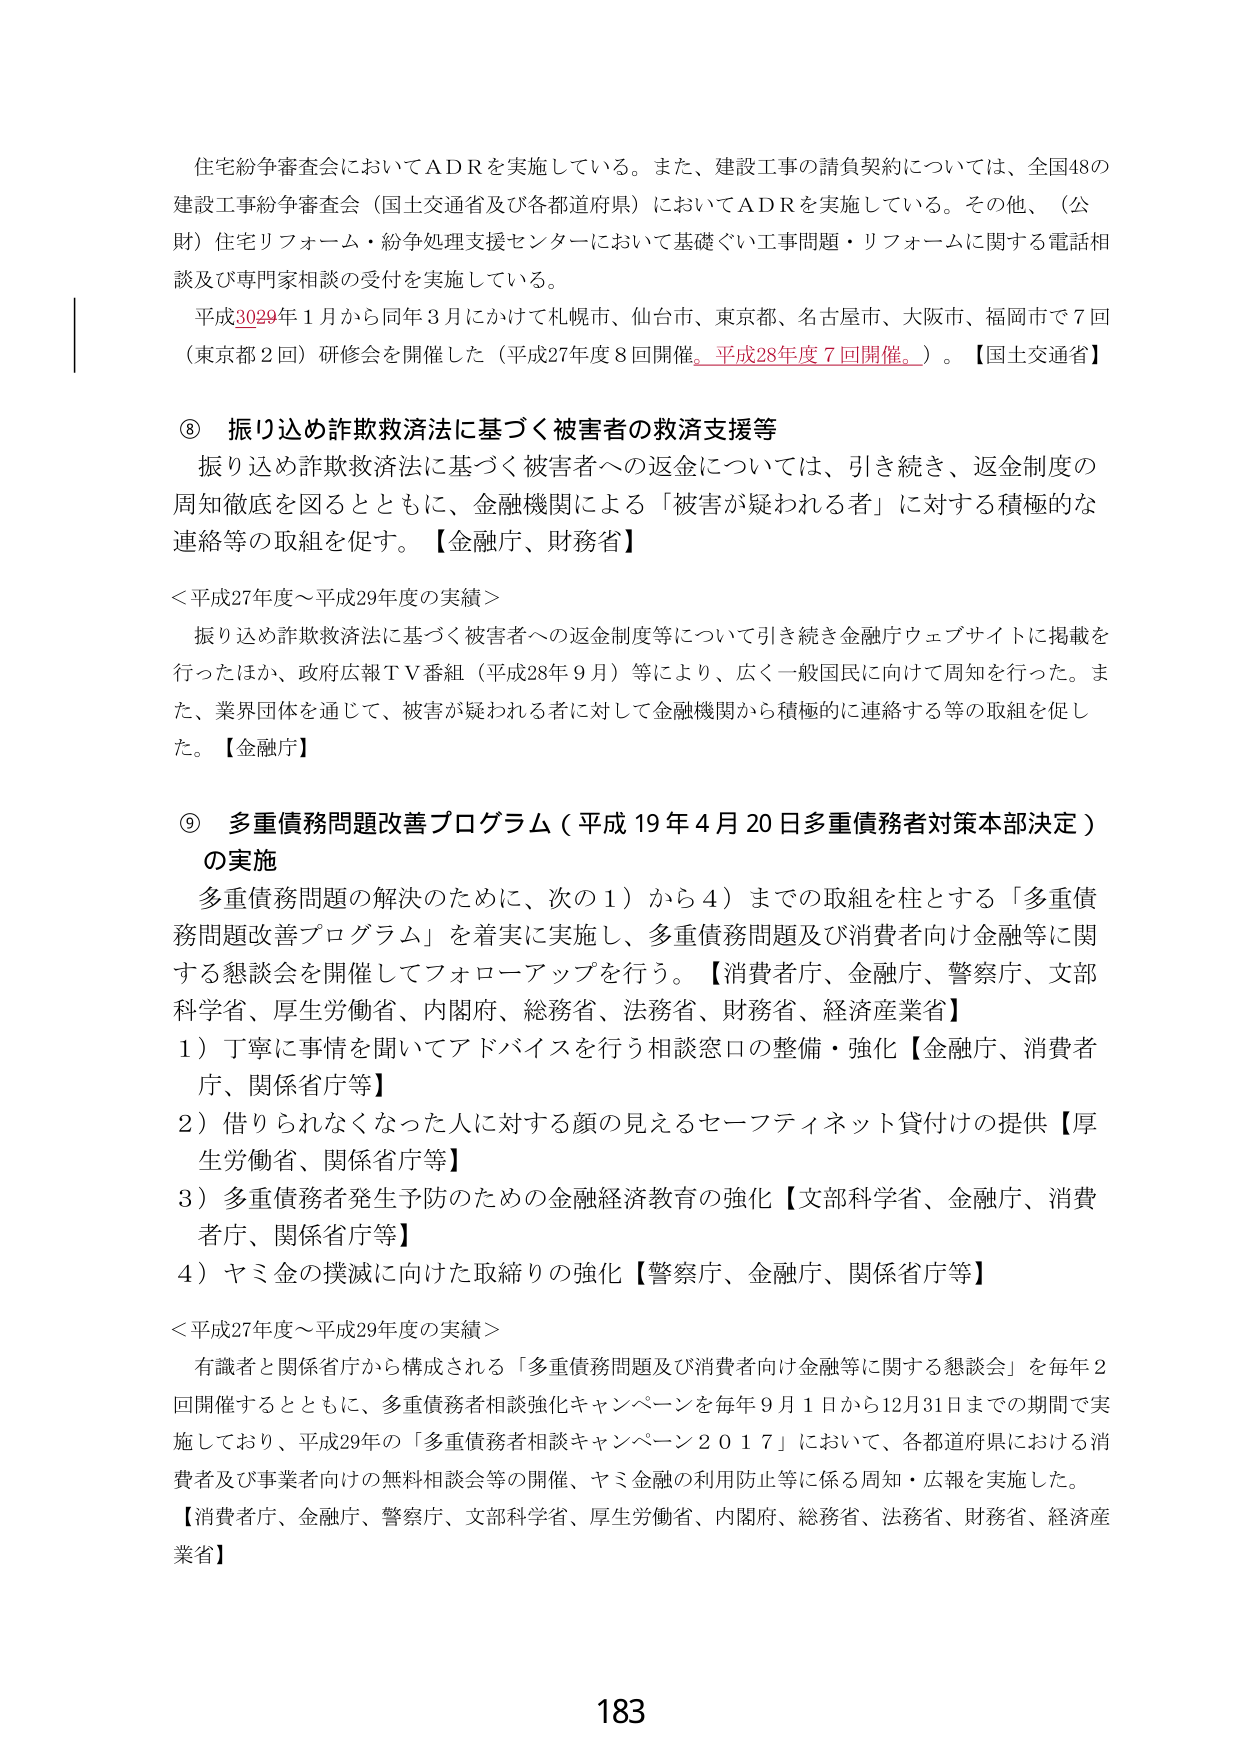
住宅紛争審査会においてＡＤＲを実施している。また、建設工事の請負契約については、全国48の建設工事紛争審査会（国土交通省及び各都道府県）においてＡＤＲを実施している。その他、（公財）住宅リフォーム・紛争処理支援センターにおいて基礎ぐい工事問題・リフォームに関する電話相談及び専門家相談の受付を実施している。

平成3029年１月から同年３月にかけて札幌市、仙台市、東京都、名古屋市、大阪市、福岡市で７回（東京都２回）研修会を開催した（平成27年度８回開催。平成28年度７回開催。）。【国土交通省】

⑧ 振り込め詐欺救済法に基づく被害者の救済支援等

振り込め詐欺救済法に基づく被害者への返金については、引き続き、返金制度の周知徹底を図るとともに、金融機関による「被害が疑われる者」に対する積極的な連絡等の取組を促す。【金融庁、財務省】

＜平成27年度～平成29年度の実績＞

振り込め詐欺救済法に基づく被害者への返金制度等について引き続き金融庁ウェブサイトに掲載を行ったほか、政府広報ＴＶ番組（平成28年９月）等により、広く一般国民に向けて周知を行った。また、業界団体を通じて、被害が疑われる者に対して金融機関から積極的に連絡する等の取組を促した。【金融庁】

⑨ 多重債務問題改善プログラム（平成19年4月20日多重債務者対策本部決定）の実施

多重債務問題の解決のために、次の１）から４）までの取組を柱とする「多重債務問題改善プログラム」を着実に実施し、多重債務問題及び消費者向け金融等に関する懇談会を開催してフォローアップを行う。【消費者庁、金融庁、警察庁、文部科学省、厚生労働省、内閣府、総務省、法務省、財務省、経済産業省】

１）丁寧に事情を聞いてアドバイスを行う相談窓口の整備・強化【金融庁、消費者庁、関係省庁等】

２）借りられなくなった人に対する顔の見えるセーフティネット貸付けの提供【厚生労働省、関係省庁等】

３）多重債務者発生予防のための金融経済教育の強化【文部科学省、金融庁、消費者庁、関係省庁等】

４）ヤミ金の撲滅に向けた取締りの強化【警察庁、金融庁、関係省庁等】

＜平成27年度～平成29年度の実績＞

有識者と関係省庁から構成される「多重債務問題及び消費者向け金融等に関する懇談会」を毎年２回開催するとともに、多重債務者相談強化キャンペーンを毎年９月１日から12月31日までの期間で実施しており、平成29年の「多重債務者相談キャンペーン２０１７」において、各都道府県における消費者及び事業者向けの無料相談会等の開催、ヤミ金融の利用防止等に係る周知・広報を実施した。

【消費者庁、金融庁、警察庁、文部科学省、厚生労働省、内閣府、総務省、法務省、財務省、経済産業省】

183